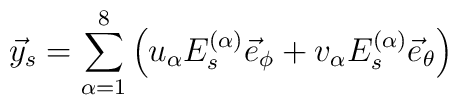
\vec{y}_s = \sum_{\alpha=1}^8 \left( u_{\alpha} E^{(\alpha)}_s \vec{e}_{\phi} +v_{\alpha} E^{(\alpha)}_s \vec{e}_{\theta}  \right)